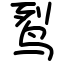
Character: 䴕